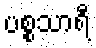
ပစ္စသာရီ